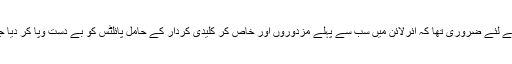
اس کے لئے ضروری تھا کہ ائرلائن میں سب سے پہلے مزدوروں اور خاص کر کلیدی کردار کے حامل پائلٹس کو بے دست وپا کر دیا جائے۔